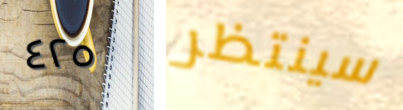
٤٢٥ سينتظر